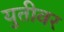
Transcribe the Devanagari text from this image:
युतीवर